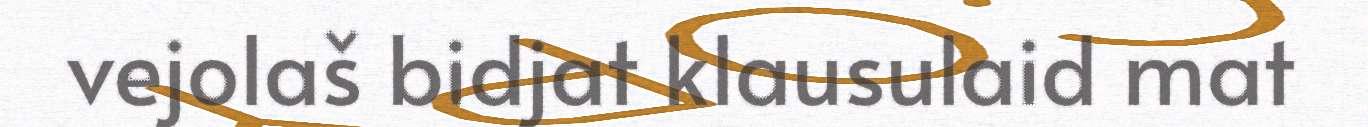
vejolaš bidjat klausulaid mat